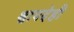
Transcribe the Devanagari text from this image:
श्वापदेही